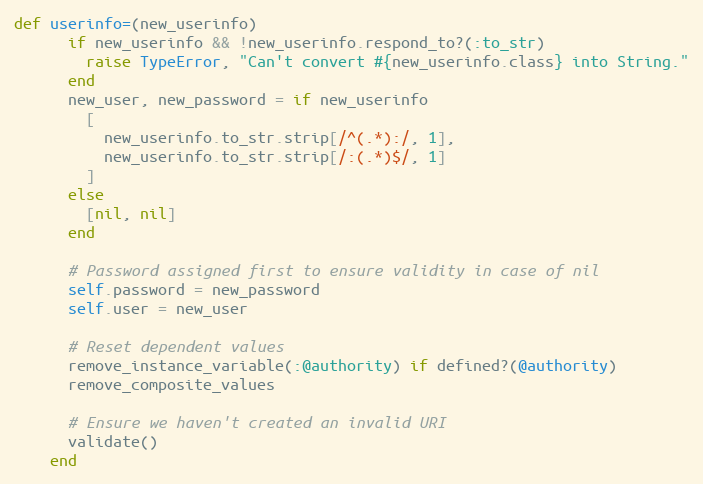
Language: Ruby
def userinfo=(new_userinfo)
      if new_userinfo && !new_userinfo.respond_to?(:to_str)
        raise TypeError, "Can't convert #{new_userinfo.class} into String."
      end
      new_user, new_password = if new_userinfo
        [
          new_userinfo.to_str.strip[/^(.*):/, 1],
          new_userinfo.to_str.strip[/:(.*)$/, 1]
        ]
      else
        [nil, nil]
      end

      # Password assigned first to ensure validity in case of nil
      self.password = new_password
      self.user = new_user

      # Reset dependent values
      remove_instance_variable(:@authority) if defined?(@authority)
      remove_composite_values

      # Ensure we haven't created an invalid URI
      validate()
    end